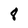
Character: 8